Scottish Leaving Certificate Examination, 1952
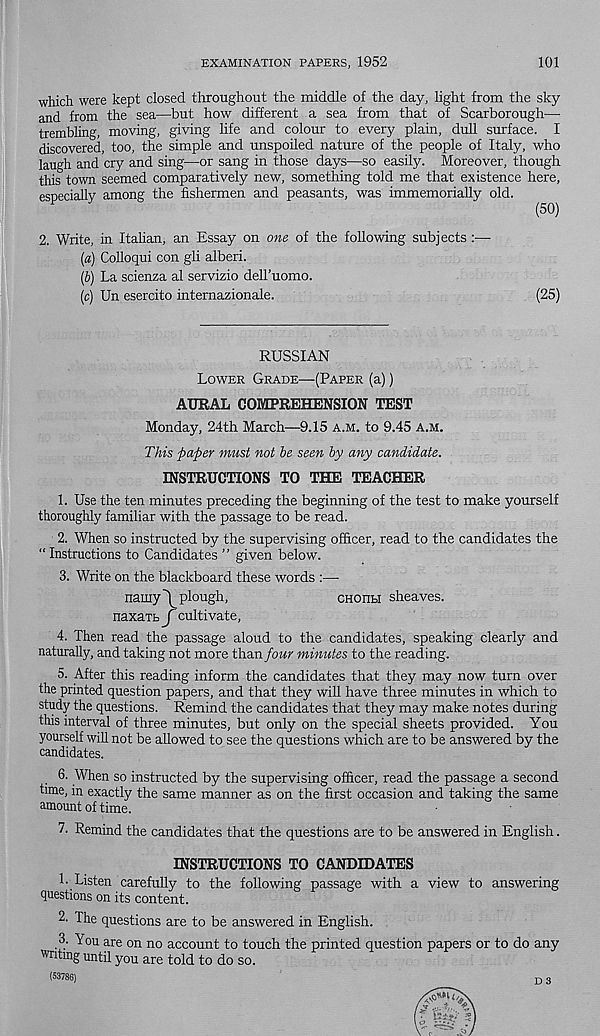
EXAMINATION PAPERS, 1952
101
which were kept closed throughout the middle of the day, light from the sky
and from the sea—but how different a sea from that of Scarborough—
trembling, moving, giving life and colour to every plain, dull surface. I
discovered, too, the simple and unspoiled nature of the people of Italy, who
laugh and cry and sing—or sang in those days—so easily. Moreover, though
this town seemed comparatively new, something told me that existence here,
especially among the fishermen and peasants, was immemorially old.
(50)
2. Write, in Italian, an Essay on one of the following subjects :—
(a) Colloqui con gli alberi.
(b) La scienza al servizio delTuomo.
(c) Un esercito internazionale.
(25)
RUSSIAN
Lower Grade—(Paper (a))
AURAL COMPREHENSION TEST
Monday, 24th March—9.15 a.m. to 9.45 A.M.
This paper must not be seen by any candidate.
INSTRUCTIONS TO THE TEACHER
1. Use the ten minutes preceding the beginning of the test to make yourself
thoroughly familiar with the passage to be read.
2. When so instructed by the supervising officer, read to the candidates the
“ Instructions to Candidates ” given below.
3. Write on the blackboard these words :—
naiuy^plough,
cnonti sheaves.
naxaTb__f cultivate,
4. Then read the passage aloud to the candidates, speaking clearly and
naturally, and taking not more than four minutes to the reading.
5. After this reading inform the candidates that they may now turn over
the printed question papers, and that they will have three minutes in which to
study the questions. Remind the candidates that they may make notes during
this interval of three minutes, but only on the special sheets provided. You
yourself will not be allowed to see the questions which are to be answered by the
candidates.
6. When so instructed by the supervising officer, read the passage a second
time, in exactly the same manner as on the first occasion and taking the same
amount of time.
7. Remind the candidates that the questions are to be answered in English.
INSTRUCTIONS TO CANDIDATES
L Listen carefully to the following passage with a view to answering
questions on its content.
2- The questions are to be answered in English.
3. You are on no account to touch the printed question papers or to do any
writing until you are told to do so.
(53786)
d 3